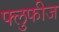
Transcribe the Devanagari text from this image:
फ्लुफीज